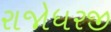
રાજોધરજી